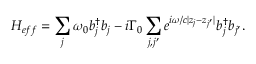
H _ { e f f } = \sum _ { j } { \omega _ { 0 } b _ { j } ^ { \dagger } b _ { j } } - i \Gamma _ { 0 } \sum _ { j , j ^ { \prime } } { e ^ { i \omega / c | z _ { j } - z _ { j ^ { \prime } } | } b _ { j } ^ { \dagger } b _ { j ^ { \prime } } } .